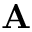
{ \bf A }